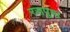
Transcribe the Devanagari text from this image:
रसपुष्प